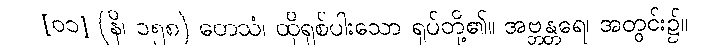
[၀၁] (နိ၊ ၁၅၈) တေသံ၊ ထိုရှစ်ပါးသော ရုပ်တို့၏။ အဗ္ဘန္တရေ၊ အတွင်း၌။